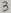
Text: 3